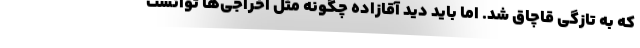
که به تازگی قاچاق شد. اما باید دید آقازاده چگونه مثل اخراجی‌ها توانست